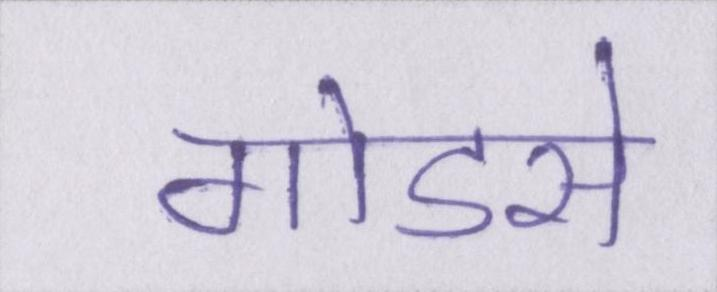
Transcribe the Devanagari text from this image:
गोडसे